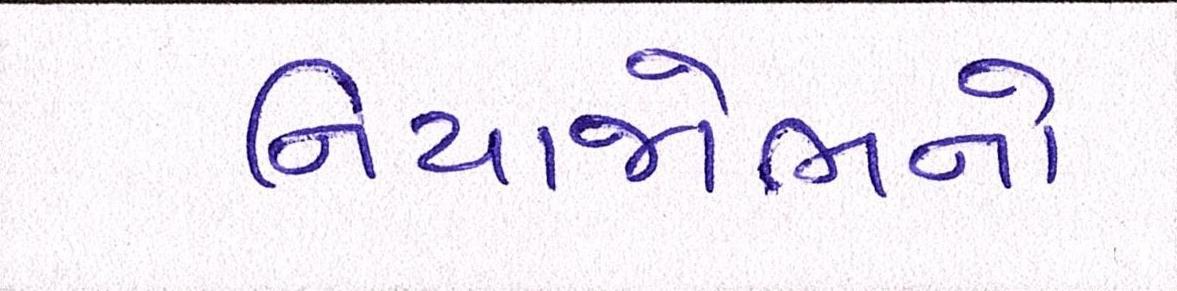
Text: નિયાજોભનો